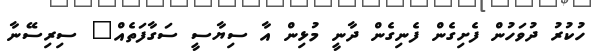
ހުކުރު ދުވަހުން ފެށިގެން ފެނިގެން ދާނީ މުޅިން އާ ސިޔާސީ ސަގާފަތެއް" ސިރިސޭނާ